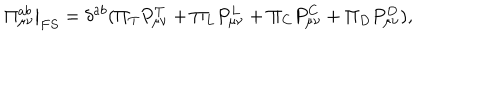
\left. \Pi _ { \mu \nu } ^ { a b } \right| _ { F S } = \delta ^ { a b } ( \Pi _ { T } P _ { \mu \nu } ^ { T } + \Pi _ { L } P _ { \mu \nu } ^ { L } + \Pi _ { C } P _ { \mu \nu } ^ { C } + \Pi _ { D } P _ { \mu \nu } ^ { D } ) ,